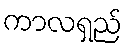
ကာလရှည်